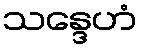
သန္ဒေဟံ